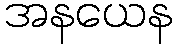
အနယေန